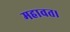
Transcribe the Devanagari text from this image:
महावत।